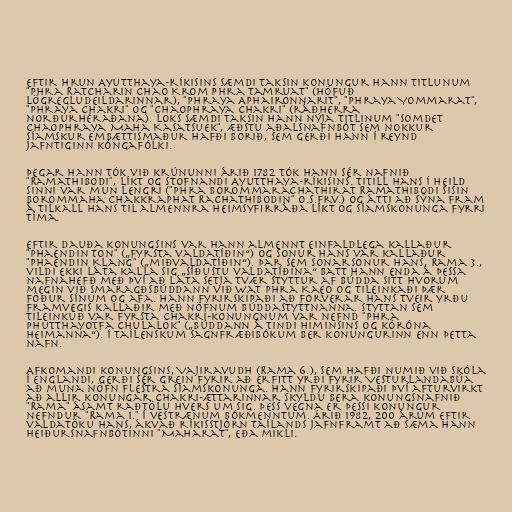
Eftir hrun Ayutthaya-ríkisins sæmdi Taksin konungur hann titlunum
"Phra Ratcharin Chao Krom Phra Tamruat" (höfuð
lögregludeildarinnar), "Phraya Aphaironnarit", "Phraya Yommarat",
"Phraya Chakri" og "Chaophraya Chakri" (ráðherra
norðurhéraðana). Loks sæmdi Taksin hann nýja titlinum "Somdet
Chaophraya Maha Kasatsuek", æðstu aðalsnafnbót sem nokkur
síamskur embættismaður hafði borið, sem gerði hann í reynd
jafntiginn kóngafólki.

Þegar hann tók við krúnunni árið 1782 tók hann sér nafnið
"Ramathibodi", líkt og stofnandi Ayutthaya-ríkisins. Titill hans í heild
sinni var mun lengri ("Phra Borommarachathirat Ramathibodi Sisin
Borommaha Chakkraphat Rachathibodin" o.s.frv.) og átti að sýna fram
á tilkall hans til almennra heimsyfirráða líkt og Síamskonunga fyrri
tíma.

Eftir dauða konungsins var hann almennt einfaldlega kallaður
"Phaendin Ton" („fyrsta valdatíðin“) og sonur hans var kallaður
"Phaendin Klang" („miðvaldatíðin“). Þar sem sonarsonur hans, Rama 3.,
vildi ekki láta kalla sig „síðustu valdatíðina“ batt hann enda á þessa
nafnahefð með því að láta setja tvær styttur af Búdda sitt hvorum
megin við Smaragðsbúddann við Wat Phra Kaeo og tileinkaði þær
föður sínum og afa. Hann fyrirskipaði að forverar hans tveir yrðu
framvegis kallaðir með nöfnum Búddastyttnanna. Styttan sem
tileinkuð var fyrsta Chakri-konungnum var nefnd "Phra
Phutthayotfa Chulalok" („Búddann á tindi himinsins og kóróna
heimanna“). Í taílenskum sagnfræðibókum ber konungurinn enn þetta
nafn.

Afkomandi konungsins, Vajiravudh (Rama 6.), sem hafði numið við skóla
í Englandi, gerði sér grein fyrir að erfitt yrði fyrir Vesturlandabúa
að muna nöfn flestra Síamskonunga. Hann fyrirskipaði því afturvirkt
að allir konungar Chakri-ættarinnar skyldu bera konungsnafnið
"Rama" ásamt raðtölu hvers um sig. Þess vegna er þessi konungur
nefndur "Rama 1." í vestrænum bókmenntum. Árið 1982, 200 árum eftir
valdatöku hans, ákvað ríkisstjórn Taílands jafnframt að sæma hann
heiðursnafnbótinni "Maharat", eða mikli.